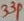
Text: 33p